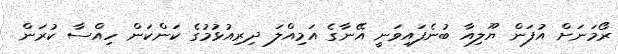
ރޯމަނަށް އުފަން ޔޫލިއާ ބުނެފައިވަނީ އޭނާގެ އަމިއްލަ ދިރިއުޅުމުގެ ކަންކަން ހިއްސާ ކުރަން